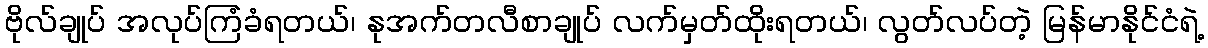
ဗိုလ်ချုပ် အလုပ်ကြံခံရတယ်၊ နုအက်တလီစာချုပ် လက်မှတ်ထိုးရတယ်၊ လွတ်လပ်တဲ့ မြန်မာနိုင်ငံရဲ့